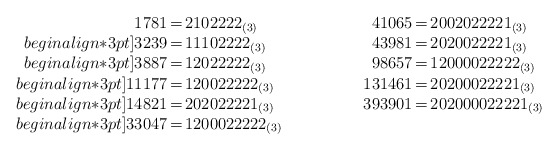
\begin{align*}\begin{array}{r@{\,=\,}l@{\qquad\qquad\quad}r@{\,=\,}l}1781 & 2102222_{(3)} & 41065 & 2002022221_{(3)}\\begin{align*}3pt]3239 & 11102222_{(3)} & 43981 & 2020022221_{(3)}\\begin{align*}3pt]3887 & 12022222_{(3)} & 98657 & 12000022222_{(3)}\\begin{align*}3pt]11177 & 120022222_{(3)} & 131461 & 20200022221_{(3)}\\begin{align*}3pt]14821 & 202022221_{(3)} & 393901 & 202000022221_{(3)}\\begin{align*}3pt]33047 & 1200022222_{(3)}\end{array}\end{align*}